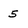
Character: 5